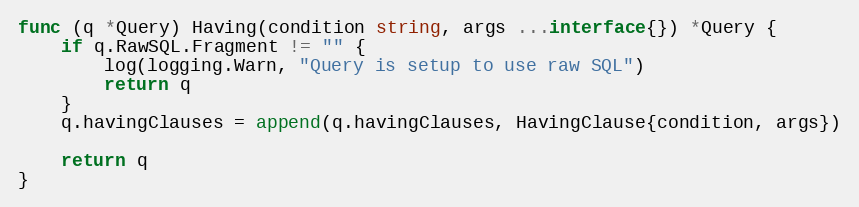
Language: Go
func (q *Query) Having(condition string, args ...interface{}) *Query {
	if q.RawSQL.Fragment != "" {
		log(logging.Warn, "Query is setup to use raw SQL")
		return q
	}
	q.havingClauses = append(q.havingClauses, HavingClause{condition, args})

	return q
}